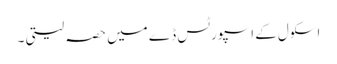
اسکول کے اسپورٹس ڈے میں حصہ لیتی ۔